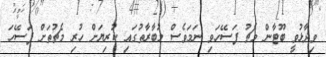
ވިދާޅުވީ ބޫޓާން މެޗު ފަސޭހަވި ނަމަވެސް މުބާރާތުގައި ކުރިޔަށް ހުރި މެޗުތަށް ފަސޭހަ